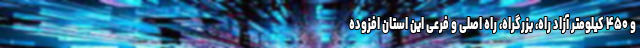
و ۴۵۰ کیلومتر آزاد راه، بزرگراه، راه اصلی و فرعی این استان افزوده